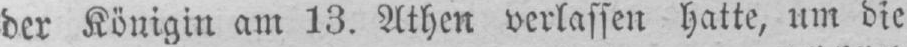
der Königin am 13. Athen verlassen hatte, um die